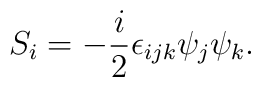
S_{i}=-\frac{i}{2}\epsilon _{ijk}\psi _{j}\psi _{k}.